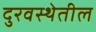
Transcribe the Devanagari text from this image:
दुरवस्थेतील